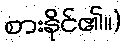
စားနိုင်၏။)